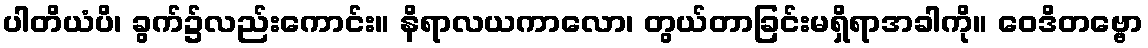
ပါတိယံပိ၊ ခွက်၌လည်းကောင်း။ နိရာလယကာလော၊ တွယ်တာခြင်းမရှိရာအခါကို။ ဝေဒိတဗ္ဗော